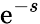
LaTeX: \mathrm{e}^{-s}